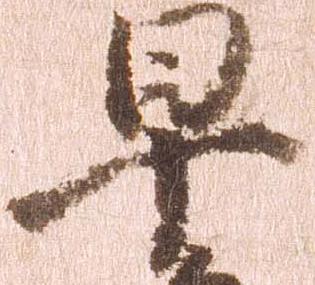
早